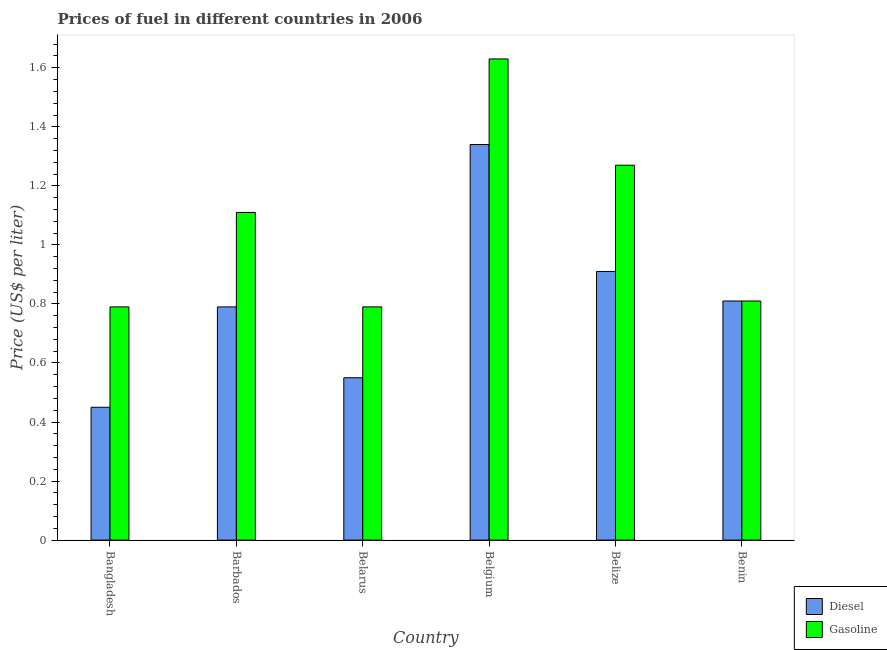
| Country | Diesel | Gasoline |
 | --- | --- | --- |
 | Bangladesh | 0.45 | 0.79 |
 | Barbados | 0.79 | 1.11 |
 | Belarus | 0.55 | 0.79 |
 | Belgium | 1.34 | 1.63 |
 | Belize | 0.91 | 1.27 |
 | Benin | 0.81 | 0.81 |